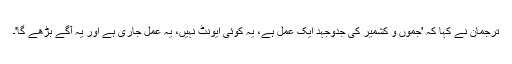
ترجمان نے کہا کہ 'جموں و کشمیر کی جدوجہد ایک عمل ہے، یہ کوئی ایونٹ نہیں، یہ عمل جاری ہے اور یہ آگے بڑھے گا'۔